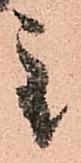
主